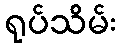
ရုပ်သိမ်း